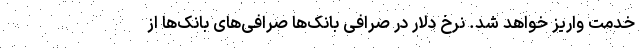
خدمت واریز خواهد شد. نرخ دلار در صرافی بانک‌ها صرافی‌های بانک‌ها از